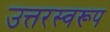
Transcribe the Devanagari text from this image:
उत्तरस्वरूप